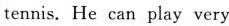
tennis. He can play very